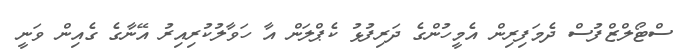
ސްޓޯލްޒްފުސް ދެމަފިރިން އެމީހުންގެ ދަރިފުޅު ކެޕްލަން އާ ހަވާލުކުރިއިރު އޭނާގެ ގެއިން ވަނީ